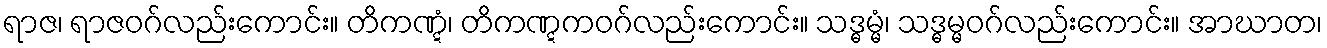
ရာဇ၊ ရာဇဝဂ်လည်းကောင်း။ တိကဏ္ဋံ၊ တိကဏ္ဋကဝဂ်လည်းကောင်း။ သဒ္ဓမ္မံ၊ သဒ္ဓမ္မဝဂ်လည်းကောင်း။ အာဃာတ၊